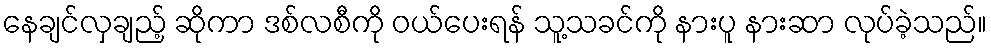
နေချင်လှချည့် ဆိုကာ ဒစ်လစီကို ဝယ်ပေးရန် သူ့သခင်ကို နားပူ နားဆာ လုပ်ခဲ့သည်။